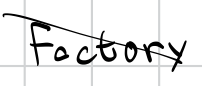
Text: Factory
Cross-out: diagonal
Writing tool: digital_black